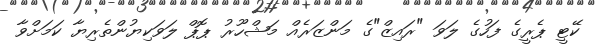
ކޭޓީ ޕެރީގެ ފަހުގެ ލަވަ "ރައިޒް"ގެ މަންޒަރެއް މަޝްހޫރު ޕޮޕް ލަވަކިޔުންތެރިޔާ ކަމަށްވާ